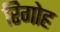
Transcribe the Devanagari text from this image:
रिगोह